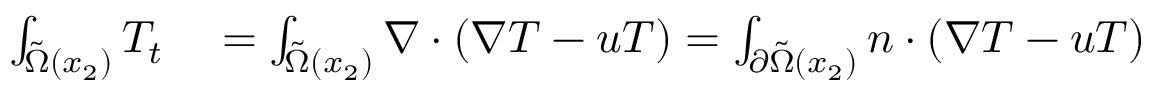
\begin{array} { r l } { \int _ { \tilde { \Omega } ( x _ { 2 } ) } T _ { t } } & { { } = \int _ { \tilde { \Omega } ( x _ { 2 } ) } \nabla \cdot ( \nabla T - u T ) = \int _ { \partial \tilde { \Omega } ( x _ { 2 } ) } n \cdot ( \nabla T - u T ) } \end{array}